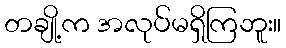
တချို့က အလုပ်မရှိကြဘူး။